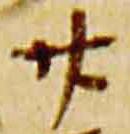
廿